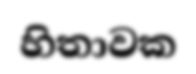
හිතාවක